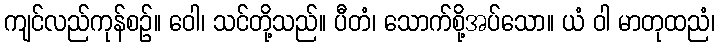
ကျင်လည်ကုန်စဉ်။ ဝေါ၊ သင်တို့သည်။ ပီတံ၊ သောက်စို့အပ်သော။ ယံ ဝါ မာတုထညံ၊